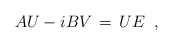
\begin{align*}A U-i B V\,=\, U E \;\;,\end{align*}